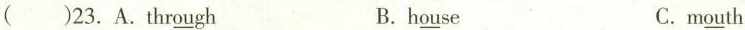
( )23.A.Thr\underline{ou} gh B. h\underline{ou} se C.m\underline{ou} th